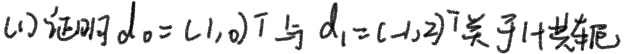
(1) 证明\(\boldsymbol{d}_0 = (1,0)^T\)与\(\boldsymbol{d}_1 = (-1,2)^T\)关于\(\boldsymbol{H}\)共轭